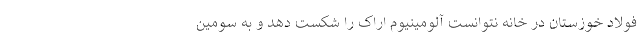
فولاد خوزستان در خانه نتوانست آلومینیوم اراک را شکست دهد و به سومین